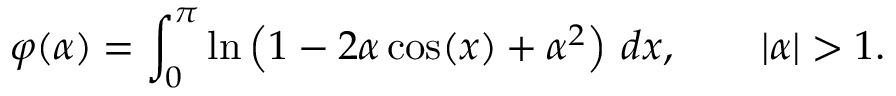
\varphi ( \alpha ) = \int _ { 0 } ^ { \pi } \ln \left( 1 - 2 \alpha \cos ( x ) + \alpha ^ { 2 } \right) \, d x , \qquad | \alpha | > 1 .